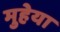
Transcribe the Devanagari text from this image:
मुहेया